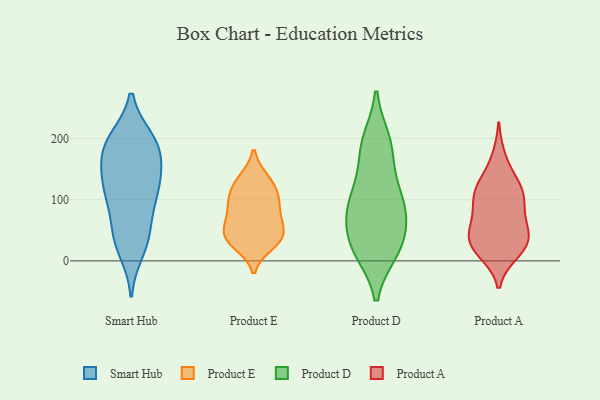
{"axis": {"x": "Energy Usage (MWh)", "y": "Value"}, "legend": ["Product A", "Product D", "Product E", "Smart Hub"], "data": [{"x": "", "y": 123, "type": "Smart Hub"}, {"x": "", "y": 172, "type": "Smart Hub"}, {"x": "", "y": 101, "type": "Smart Hub"}, {"x": "", "y": 112, "type": "Smart Hub"}, {"x": "", "y": 142, "type": "Smart Hub"}, {"x": "", "y": 169, "type": "Smart Hub"}, {"x": "", "y": 50, "type": "Smart Hub"}, {"x": "", "y": 17, "type": "Smart Hub"}, {"x": "", "y": 195, "type": "Smart Hub"}, {"x": "", "y": 132, "type": "Smart Hub"}, {"x": "", "y": 198, "type": "Smart Hub"}, {"x": "", "y": 188, "type": "Smart Hub"}, {"x": "", "y": 37, "type": "Smart Hub"}, {"x": "", "y": 39, "type": "Smart Hub"}, {"x": "", "y": 195, "type": "Smart Hub"}, {"x": "", "y": 98, "type": "Smart Hub"}, {"x": "", "y": 39, "type": "Product E"}, {"x": "", "y": 133, "type": "Product E"}, {"x": "", "y": 74, "type": "Product E"}, {"x": "", "y": 43, "type": "Product E"}, {"x": "", "y": 64, "type": "Product E"}, {"x": "", "y": 79, "type": "Product E"}, {"x": "", "y": 132, "type": "Product E"}, {"x": "", "y": 28, "type": "Product E"}, {"x": "", "y": 37, "type": "Product E"}, {"x": "", "y": 99, "type": "Product E"}, {"x": "", "y": 110, "type": "Product E"}, {"x": "", "y": 106, "type": "Product E"}, {"x": "", "y": 37, "type": "Product E"}, {"x": "", "y": 82, "type": "Product D"}, {"x": "", "y": 196, "type": "Product D"}, {"x": "", "y": 102, "type": "Product D"}, {"x": "", "y": 26, "type": "Product D"}, {"x": "", "y": 95, "type": "Product D"}, {"x": "", "y": 16, "type": "Product D"}, {"x": "", "y": 17, "type": "Product D"}, {"x": "", "y": 100, "type": "Product D"}, {"x": "", "y": 186, "type": "Product D"}, {"x": "", "y": 139, "type": "Product D"}, {"x": "", "y": 60, "type": "Product D"}, {"x": "", "y": 62, "type": "Product D"}, {"x": "", "y": 21, "type": "Product D"}, {"x": "", "y": 188, "type": "Product D"}, {"x": "", "y": 112, "type": "Product A"}, {"x": "", "y": 27, "type": "Product A"}, {"x": "", "y": 168, "type": "Product A"}, {"x": "", "y": 87, "type": "Product A"}, {"x": "", "y": 56, "type": "Product A"}, {"x": "", "y": 106, "type": "Product A"}, {"x": "", "y": 54, "type": "Product A"}, {"x": "", "y": 128, "type": "Product A"}, {"x": "", "y": 14, "type": "Product A"}, {"x": "", "y": 98, "type": "Product A"}, {"x": "", "y": 22, "type": "Product A"}, {"x": "", "y": 31, "type": "Product A"}, {"x": "", "y": 122, "type": "Product A"}, {"x": "", "y": 54, "type": "Product A"}, {"x": "", "y": 26, "type": "Product A"}]}